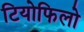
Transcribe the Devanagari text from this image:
टियोफिलो